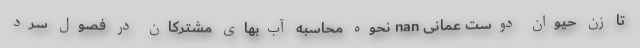
تا زن حیوان دوست عمانی nan نحوه محاسبه آب‌بهای مشترکان در فصول سرد